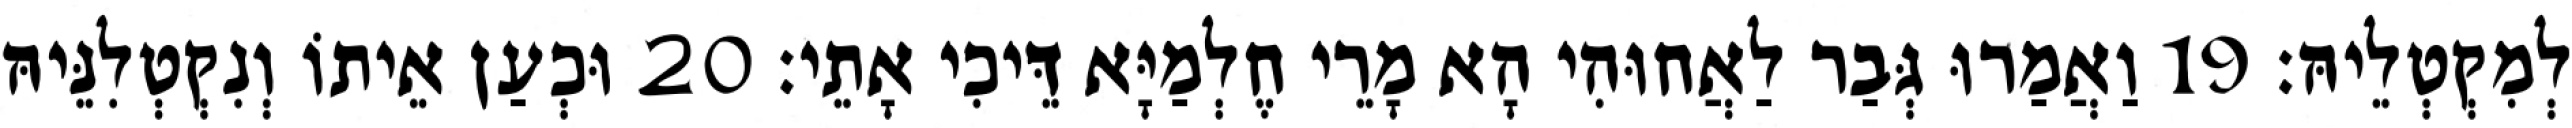
לְמִקְטְלֵיהּ׃ 19 וַאֲמַרוּ גְּבַר לַאֲחוּהִי הָא מָרֵי חֶלְמַיָּא דֵּיכִי אָתֵי׃ 20 וּכְעַן אֵיתוֹ וְנִקְטְלִנֵּיהּ